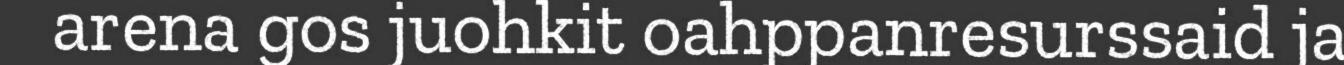
arena gos juohkit oahppanresurssaid ja